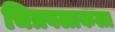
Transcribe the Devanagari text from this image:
चित्रबलाकला